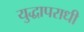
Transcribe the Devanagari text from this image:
युद्धापराधी